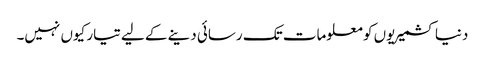
دنیا کشمیریوں کو معلومات تک رسائی دینے کے لیے تیار کیوں نہیں۔